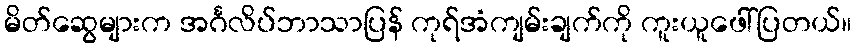
မိတ်ဆွေများက အင်္ဂလိပ်ဘာသာပြန် ကုရ်အံကျမ်းချက်ကို ကူးယူဖေါ်ပြတယ်။